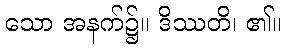
သော အနက်၌။ ဒိဿတိ၊ ၏။